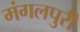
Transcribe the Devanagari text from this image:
मंगलपुरी